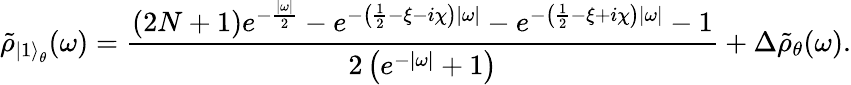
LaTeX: \tilde{\rho}_{{\left|1\right\rangle}_{\theta}}(\omega)=\frac{(2N+1)e^{-\frac{|\omega|}{2}}-e^{-\left(\frac 12-\xi-i\chi\right)|\omega|}-e^{-\left(\frac 12-\xi+i\chi\right)|\omega|}-1}{2\left(e^{-|\omega|}+1\right)}+\Delta\tilde{\rho}_{\theta}(\omega).